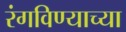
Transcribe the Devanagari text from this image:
रंगविण्याच्या